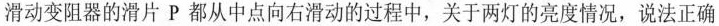
滑动变阻器的滑片P都从中点向右滑动的过程中，关于两灯的亮度情况，说法正确